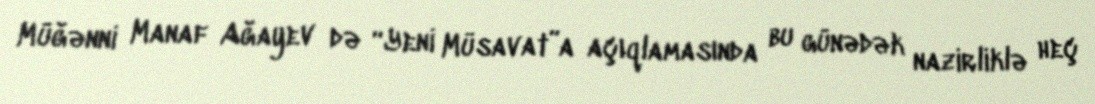
Müğənni Manaf Ağayev də “Yeni Müsavat”a açıqlamasında bu günədək nazirliklə heç